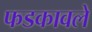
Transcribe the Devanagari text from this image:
फडकावले